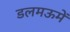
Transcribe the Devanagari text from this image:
डलमऊमें